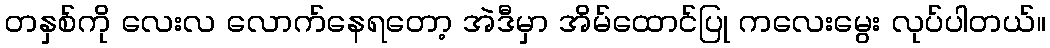
တနှစ်ကို လေးလ လောက်နေရတော့ အဲဒီမှာ အိမ်ထောင်ပြု ကလေးမွေး လုပ်ပါတယ်။